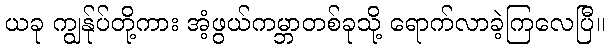
ယခု ကျွန်ုပ်တို့ကား အံ့ဖွယ်ကမ္ဘာတစ်ခုသို့ ရောက်လာခဲ့ကြလေပြီ။